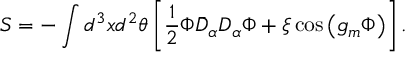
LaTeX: S = - \int d ^ { 3 } x d ^ { 2 } \theta \left[ \frac 1 2 \Phi \bar { D } _ { \alpha } D _ { \alpha } \Phi + \xi \cos \left( g _ { m } \Phi \right) \right] .